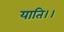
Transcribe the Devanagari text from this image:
याति।।